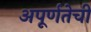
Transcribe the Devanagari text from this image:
अपूर्णतेची